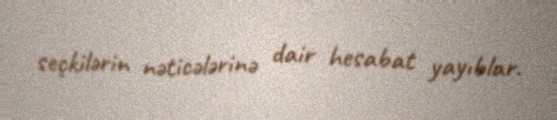
seçkilərin nəticələrinə dair hesabat yayıblar.